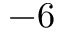
- 6